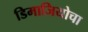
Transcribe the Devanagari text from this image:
डिमाजियोचा